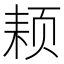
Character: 𬱜